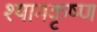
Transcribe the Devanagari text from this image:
श्यामकृष्ण